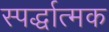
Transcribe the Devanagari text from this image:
स्पर्द्धात्मक